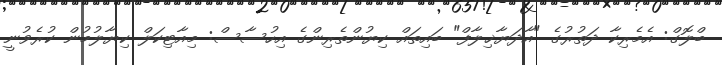
ބްލޮގް: އެމެރިކާ ދަތުރުގެ "އާދަޔާޚިލާފް" ބައިތައް ކިޔުންތެރިންގެ އިހުސާސް: މިއާޓިކަލް ކިޔާލުމުން ކުރެވުނީ